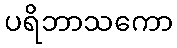
ပရိဘာသကော